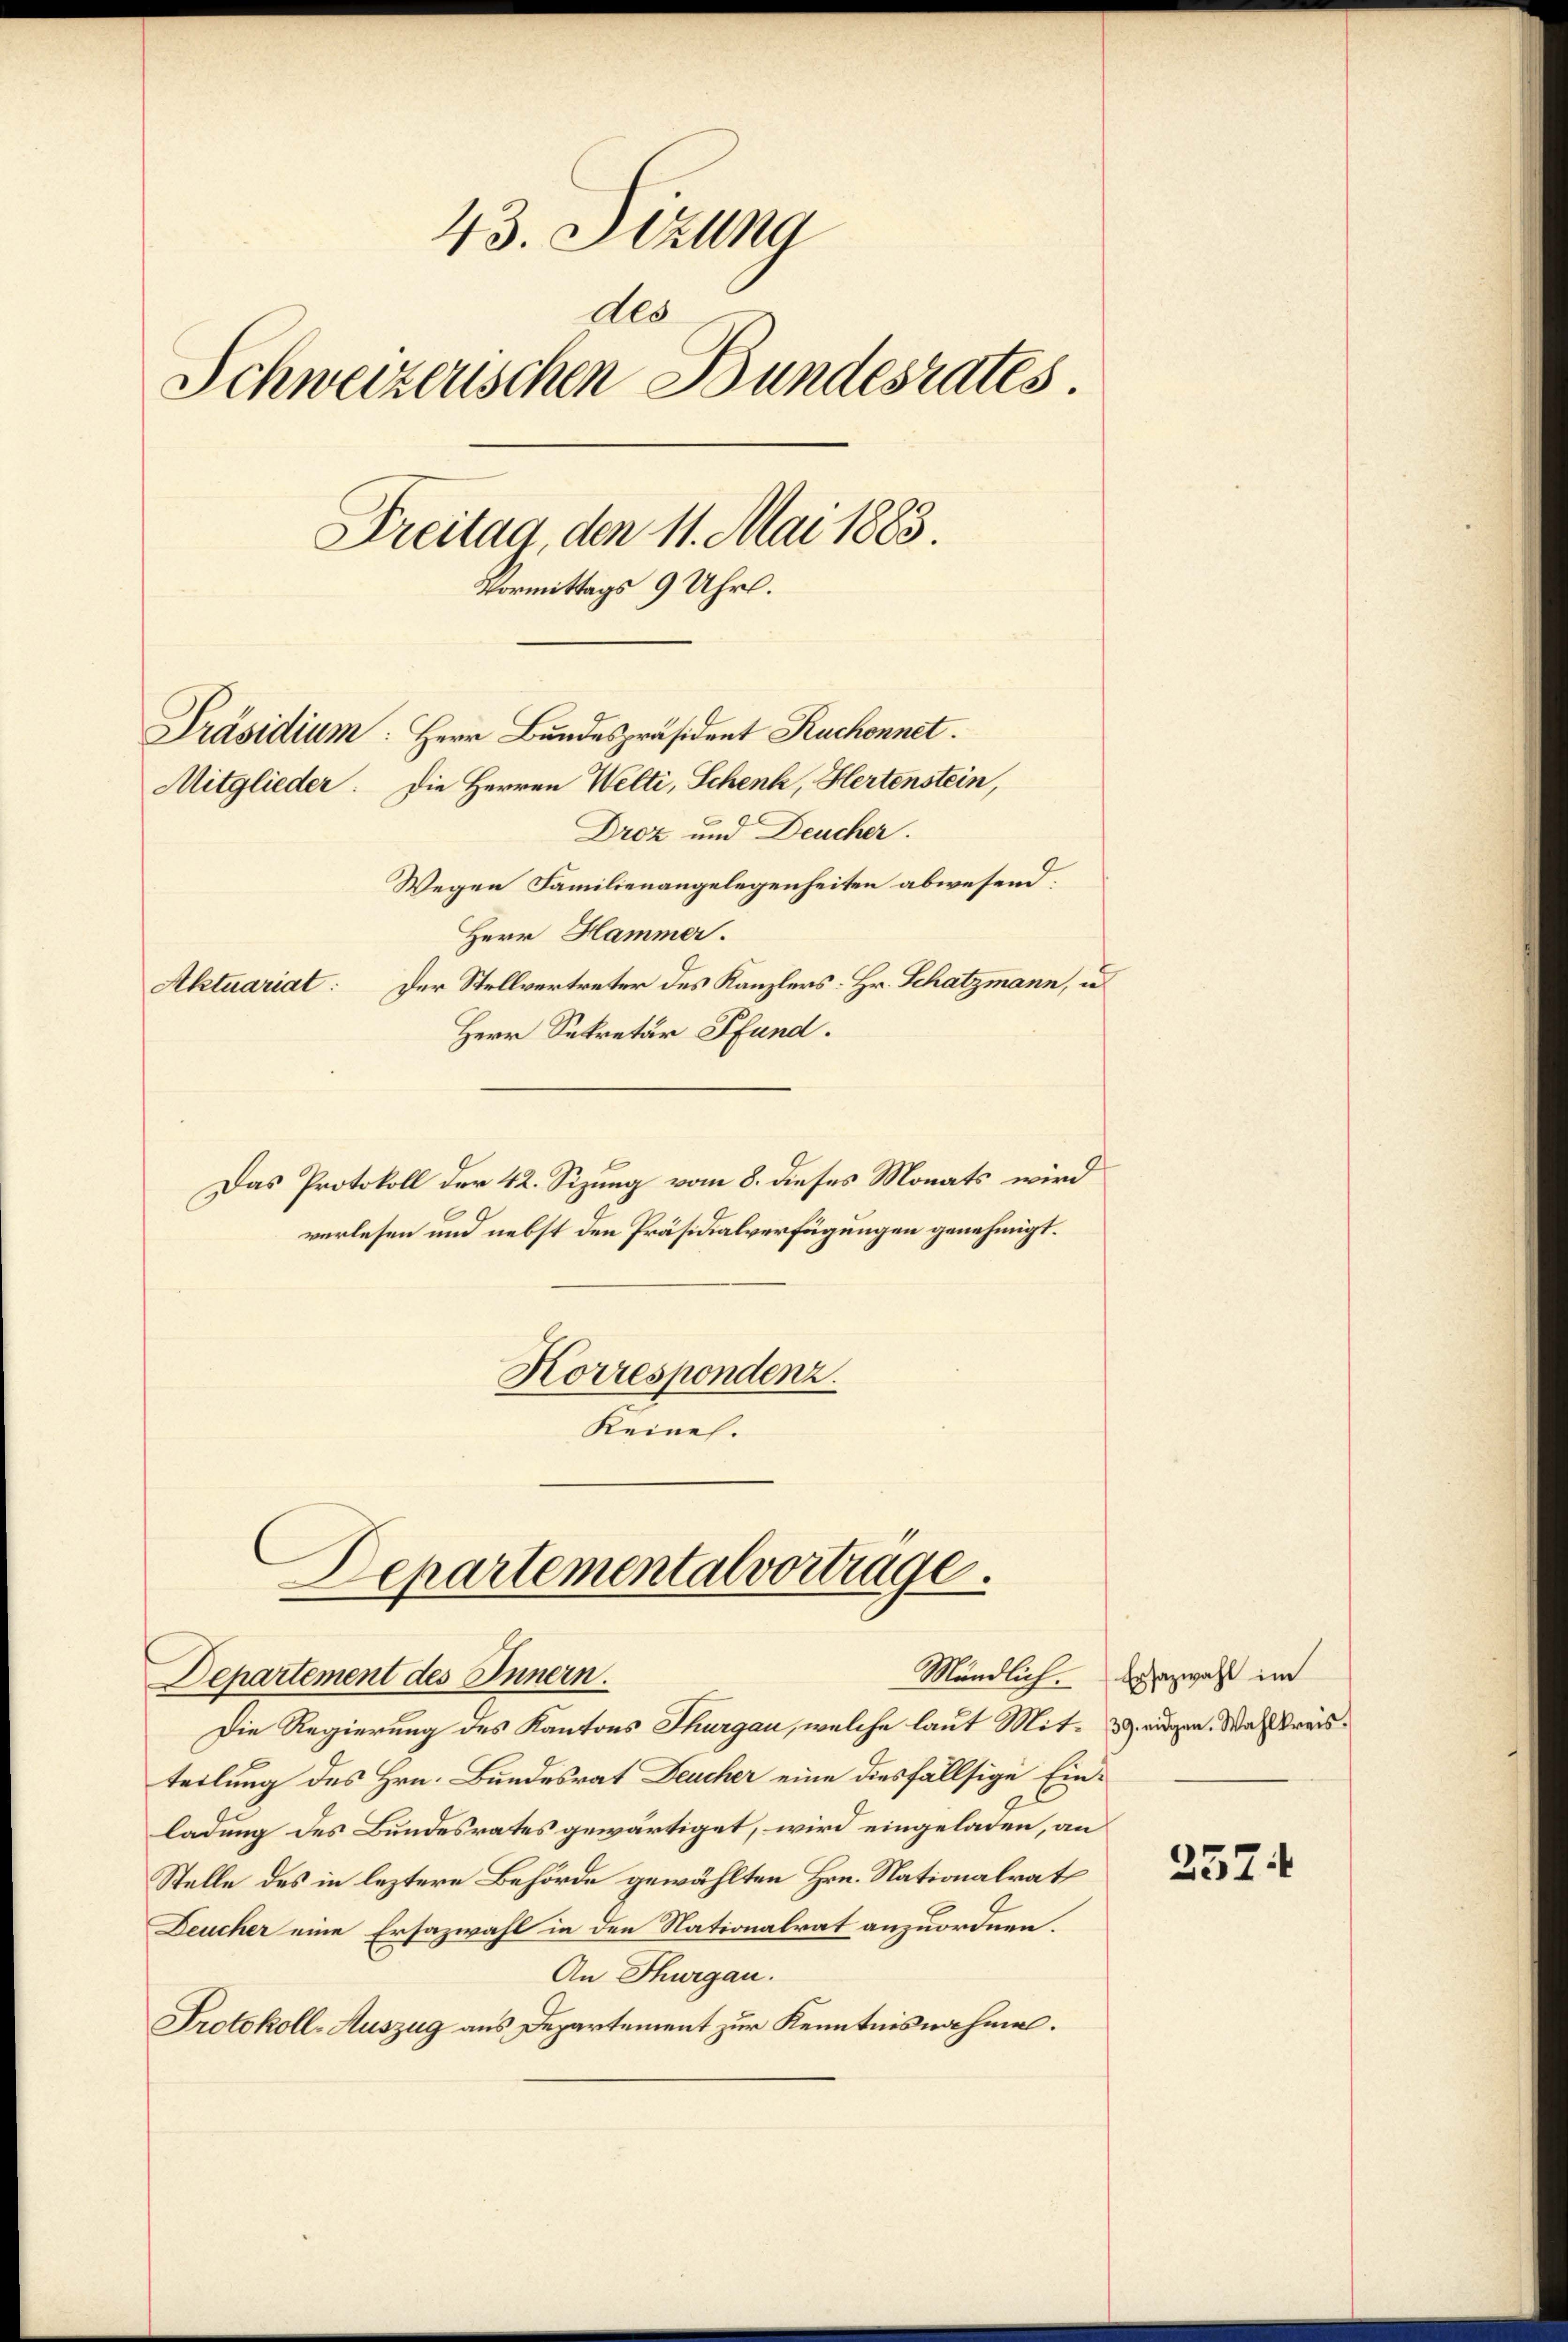
43. Sizung
dls
Schweizerischen Bundesrates.
Freitag, den 11. Mai 1883.
Vormittags 9 Uhr.
Präsidium: Herr Bundespräsident Ruchonnet.
Mitglieder. Die Herren Welti, Schenk, Hertenstein,
Drez und Deucher.

Wegen Familienangelegenheiten abwesend.
Herr Hammer.
Aktuariat: Der Stellvertreter des Kanzlers: Hr. Schatzmann, u
Herr Sekretär Pfand.
Das Protokoll der 42. Sizung vom 8. dieses Monats wird
verlesen und nebst den Präsidialverfügungen genehmigt.
Korrespondenz.
Keines.
Departemental vortrage.

teilung des Hrn. Bundesrat Deucher eine diesfällsige Einladung des Bundesrates gewärtiget, wird eingeladen, an
Stelle des in leztere Behörde gewählten Hrn. Nationalrat
Deucher eine Ersazwahl in den Nationalrat anzuordnen.
An Thurgau.
Protokoll-Auszug aus Departement zur Kenntnisnahmen.

Mändlich.
Departement des Innern.
Die Regierung des Kantons Thurgau, welche laut Mit- 3. augen. Wahlkreis¬

Ersazwahl im

2574